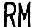
RM